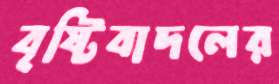
বৃষ্টিবাদলের